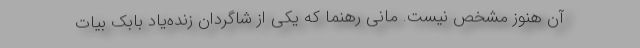
آن هنوز مشخص نیست. مانی رهنما که یکی از شاگردان زنده‌یاد بابک بیات